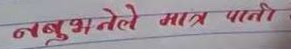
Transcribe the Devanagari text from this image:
नबुझनेले मात्र पाती